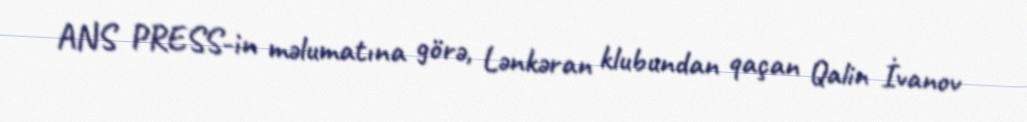
ANS PRESS-in məlumatına görə, Lənkəran klubundan qaçan Qalin İvanov